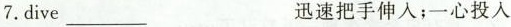
7.dive ___ 迅速把手伸入；一心投入